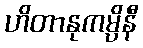
ဟိတာနုကမ္ပိနီ